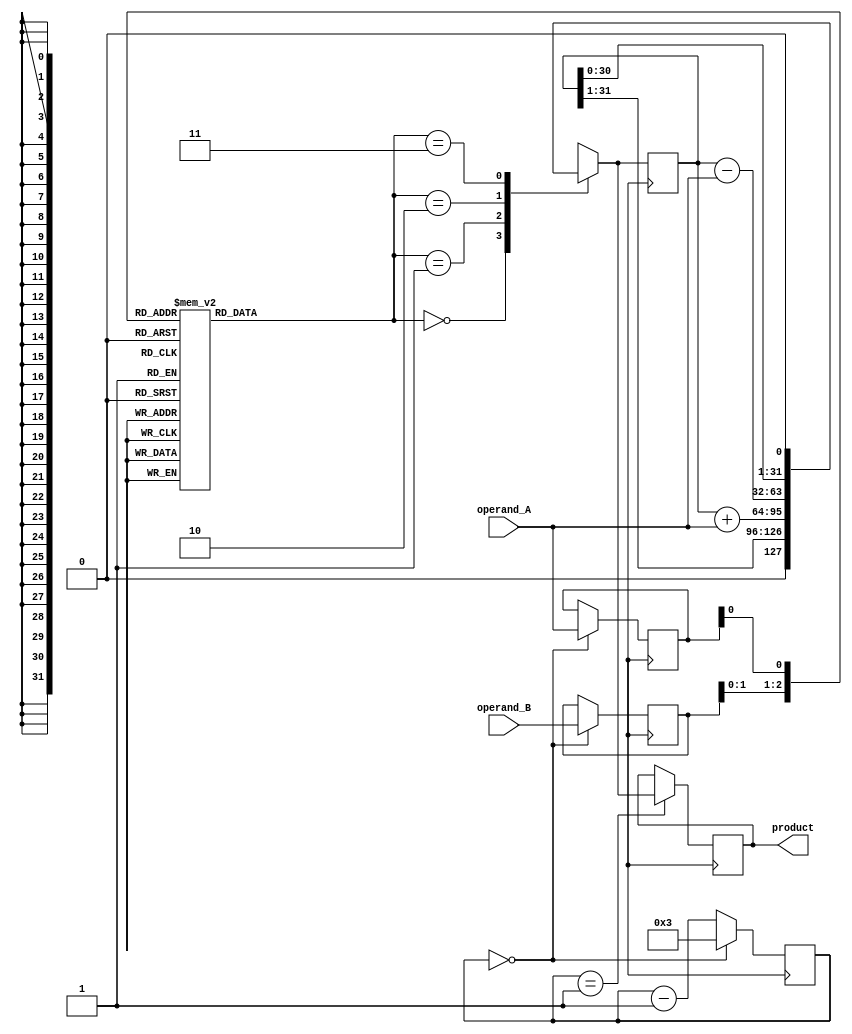
module Modified_Booth_Multiplier (
    input [15:0] operand_A,
    input [15:0] operand_B,
    output reg [31:0] product
);

// Booth Algorithm Control signals
reg [4:0] count;
reg [1:0] control;

// Registers for holding values
reg [31:0] accumulator;
reg [15:0] a_reg, b_reg;

always @ (posedge clk) begin
    // Booth Encoder
    case({b_reg[1], b_reg[0], a_reg[0]})
        3'b000: control = 2'b00;
        3'b001: control = 2'b01;
        3'b010: control = 2'b01;
        3'b011: control = 2'b10;
        3'b100: control = 2'b10;
        3'b101: control = 2'b11;
        3'b110: control = 2'b11;
        3'b111: control = 2'b00;
    endcase

    // Booth Multiplication
    case(control)
        2'b00: accumulator = accumulator >> 1;
        2'b01: accumulator = accumulator + operand_A;
        2'b10: accumulator = accumulator - operand_A;
        2'b11: accumulator = accumulator << 1;
    endcase

    // Update registers
    if(count == 0) begin
        count <= 4'b0011;
        a_reg <= operand_A;
        b_reg <= operand_B;
    end else begin
        count <= count - 1;
    end

    // Output product
    if(count == 1) begin
        product <= accumulator;
    end
end

endmodule